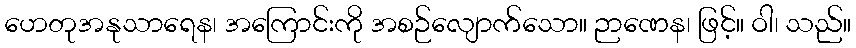
ဟေတုအနုသာရေန၊ အကြောင်းကို အစဉ်လျောက်သော။ ဉာဏေန၊ ဖြင့်။ ဝါ၊ သည်။